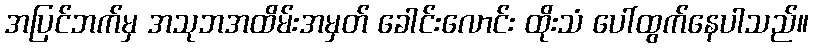
အပြင်ဘက်မှ အသုဘအထိမ်းအမှတ် ခေါင်းလောင်း ထိုးသံ ပေါ်ထွက်နေပါသည်။